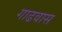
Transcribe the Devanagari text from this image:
गाढवास